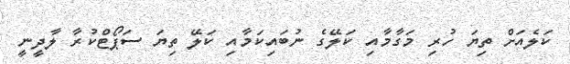
ކަލެއަށް ތިޔަ ހުރި މަގާމާއި ކަލޭގެ ނުބައިކަމާއި ކަލޭ ތިޔަ ސަޕޯޓްކުރާ ލާދީނީ